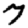
Digit: 7